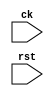
module test(
    input   ck,
    input   rst

);

endmodule